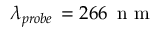
\lambda _ { p r o b e } \, = 2 6 6 \, \mathrm { ~ n ~ m ~ }